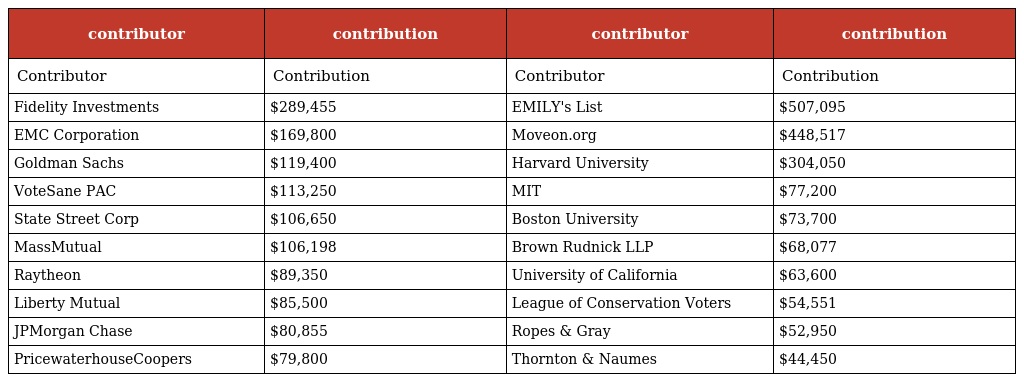
| contributor | contribution | contributor | contribution |
 | --- | --- | --- | --- |
 | Contributor | Contribution | Contributor | Contribution |
 | Fidelity Investments | $289,455 | EMILY's List | $507,095 |
 | EMC Corporation | $169,800 | Moveon.org | $448,517 |
 | Goldman Sachs | $119,400 | Harvard University | $304,050 |
 | VoteSane PAC | $113,250 | MIT | $77,200 |
 | State Street Corp | $106,650 | Boston University | $73,700 |
 | MassMutual | $106,198 | Brown Rudnick LLP | $68,077 |
 | Raytheon | $89,350 | University of California | $63,600 |
 | Liberty Mutual | $85,500 | League of Conservation Voters | $54,551 |
 | JPMorgan Chase | $80,855 | Ropes & Gray | $52,950 |
 | PricewaterhouseCoopers | $79,800 | Thornton & Naumes | $44,450 |